On the morphology, teratology, and diclinism of the flowers of cannabis - Number 12
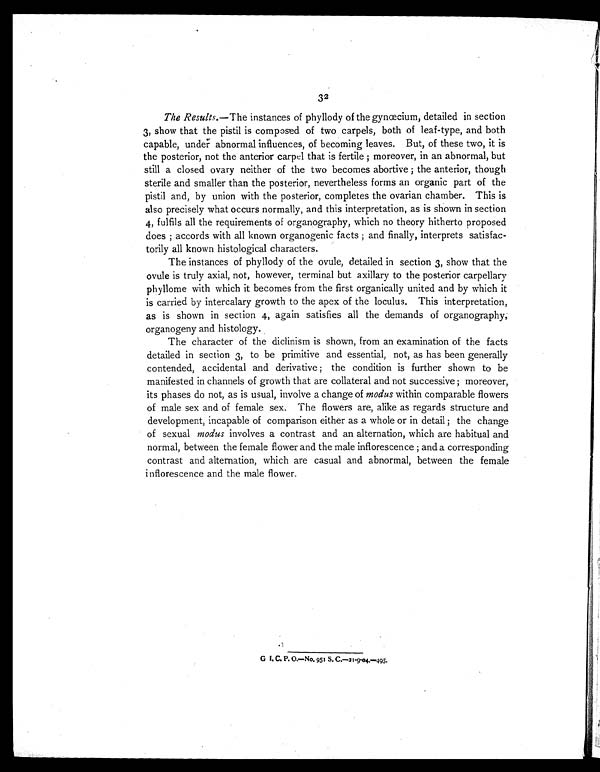
32
The Results. —The instances of phyllody of the gynœcium, detailed in section
3, show that the pistil is composed of two carpels, both of leaf-type, and both
capable, under abnormal influences, of becoming leaves. But, of these two, it is
the posterior, not the anterior carpel that is fertile ; moreover, in an abnormal, but
still a closed ovary neither of the two becomes abortive ; the anterior, though
sterile and smaller than the posterior, nevertheless forms an organic part of the
pistil and, by union with the posterior, completes the ovarian chamber. This is
also precisely what occurs normally, and this interpretation, as is shown in section
4, fulfils all the requirements of organography, which no theory hitherto proposed
does ; accords with all known organogenic facts ; and finally, interprets satisfac-
torily all known histological characters.
The instances of phyllody of the ovule, detailed in section 3, show that the
ovule is truly axial, not, however, terminal but axillary to the posterior carpellary
phyllome with which it becomes from the first organically united and by which it
is carried by intercalary growth to the apex of the loculus. This interpretation,
as is shown in section 4, again satisfies all the demands of organography,
organogeny and histology.
The character of the diclinism is shown, from an examination of the facts
detailed in section 3, to be primitive and essential, not, as has been generally
contended, accidental and derivative ; the condition is further shown to be
manifested in channels of growth that are collateral and not successive ; moreover,
its phases do not, as is usual, involve a change of modus within comparable flowers
of male sex and of female sex. The flowers are, alike as regards structure and
development, incapable of comparison either as a whole or in detail ; the change
of sexual modus involves a contrast and an alternation, which are habitual and
normal, between the female flower and the male inflorescence ; and a corresponding
contrast and alternation, which are casual and abnormal, between the female
inflorescence and the male flower.
G I. C. P. O.—No. 951 S. C.—21-9-04.—495.